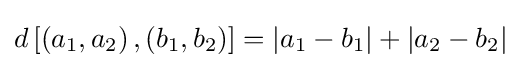
d\left[\left(a_{1},a_{2}\right),\left(b_{1},b_{2}\right)\right]=\left|a_{1}-b_{1}\right|+\left|a_{2}-b_{2}\right|